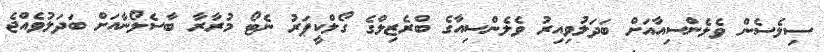
ސިލެސެން ވެލެންސިއާއަށް ބަދަލުވިއިރު ވެލެންސިއާގެ ބްރެޒިލްގެ ގޯލްކީޕަރު ނެޓޯ މުރާރާ ބާސެލޯނާއަށް ބަދަލުވެއްޖެ